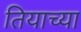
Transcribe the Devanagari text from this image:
तियाच्या